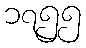
၁၇၅၅